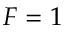
F = 1